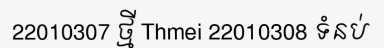
22010307 ថ្មី Thmei 22010308 ទំនប់